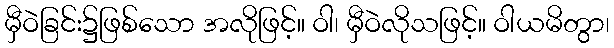
မှီဝဲခြင်း၌ဖြစ်သော အလိုဖြင့်။ ဝါ၊ မှီဝဲလိုသဖြင့်။ ဝါယမိတွာ၊